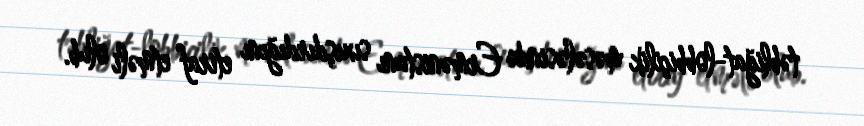
təbliğat-lobbiçilik məsələsində Ermənistanı sıxışdırdığını etiraf etməli olub.